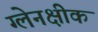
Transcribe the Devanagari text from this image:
ग्लेनक्षीक